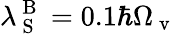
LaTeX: \lambda_{\mathrm{~S~}}^{\mathrm{~B~}}=0.1\hbar\Omega_{\mathrm{~v~}}